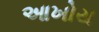
આખોય